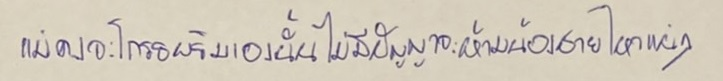
แม่คงจะโกรธพริมเองนั้นไม่มีปัญญาจะห้ามน้องชายไหวแน่ๆ